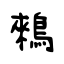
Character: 鶆